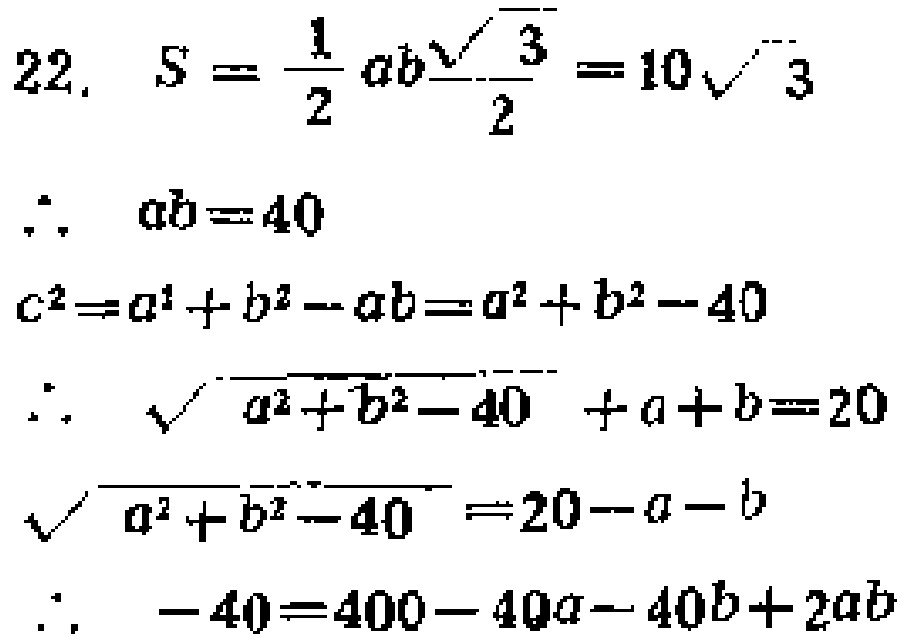
\[
\begin{align*}
22.\quad S&=\frac{1}{2}ab\frac{\sqrt{3}}{2}=10\sqrt{3}\\
\therefore\quad ab& = 40\\
c^{2}&=a^{2}+b^{2}-ab=a^{2}+b^{2}-40\\
\therefore\quad \sqrt{a^{2}+b^{2}-40}+a + b&=20\\
\sqrt{a^{2}+b^{2}-40}&=20 - a - b\\
\therefore\quad - 40&=400-40a - 40b+2ab
\end{align*}
\]